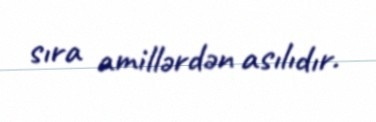
sıra amillərdən asılıdır.